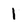
Character: I